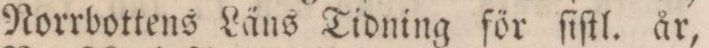
Norrbottens Läns Tidning för ſiſtl. år,